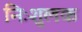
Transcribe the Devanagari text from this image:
निःशुलक